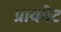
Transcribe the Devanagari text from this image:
प्रायमेट